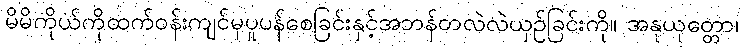
မိမိကိုယ်ကိုထက်ဝန်းကျင်မှပူပန်စေခြင်းနှင့်အဘန်တလဲလဲယှဉ်ခြင်းကို။ အနုယုတ္တော၊